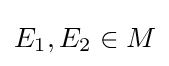
E_{1},E_{2}\in M